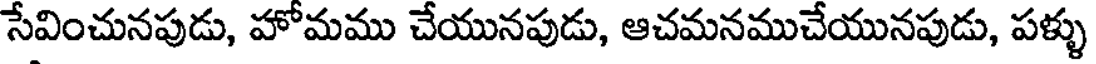
సేవించునపుడు, హోమము చేయునపుడు, ఆచమనముచేయునపుడు, పళ్ళు